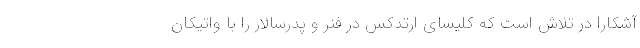
آشکارا در تلاش است که کلیسای ارتدکس در فنر و پدرسالار را با واتیکان